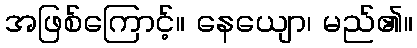
အဖြစ်ကြောင့်။ နေယျော၊ မည်၏။